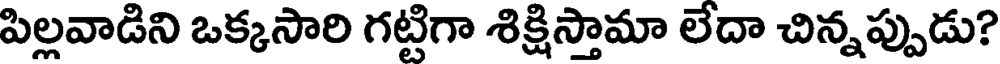
పిల్లవాడిని ఒక్కసారి గట్టిగా శిక్షిస్తామా లేదా చిన్నప్పుడు?